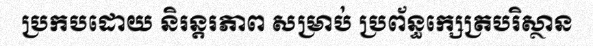
ប្រកបដោយ និរន្តរភាព សម្រាប់ ប្រព័ន្ធក្សេត្របរិស្ថាន